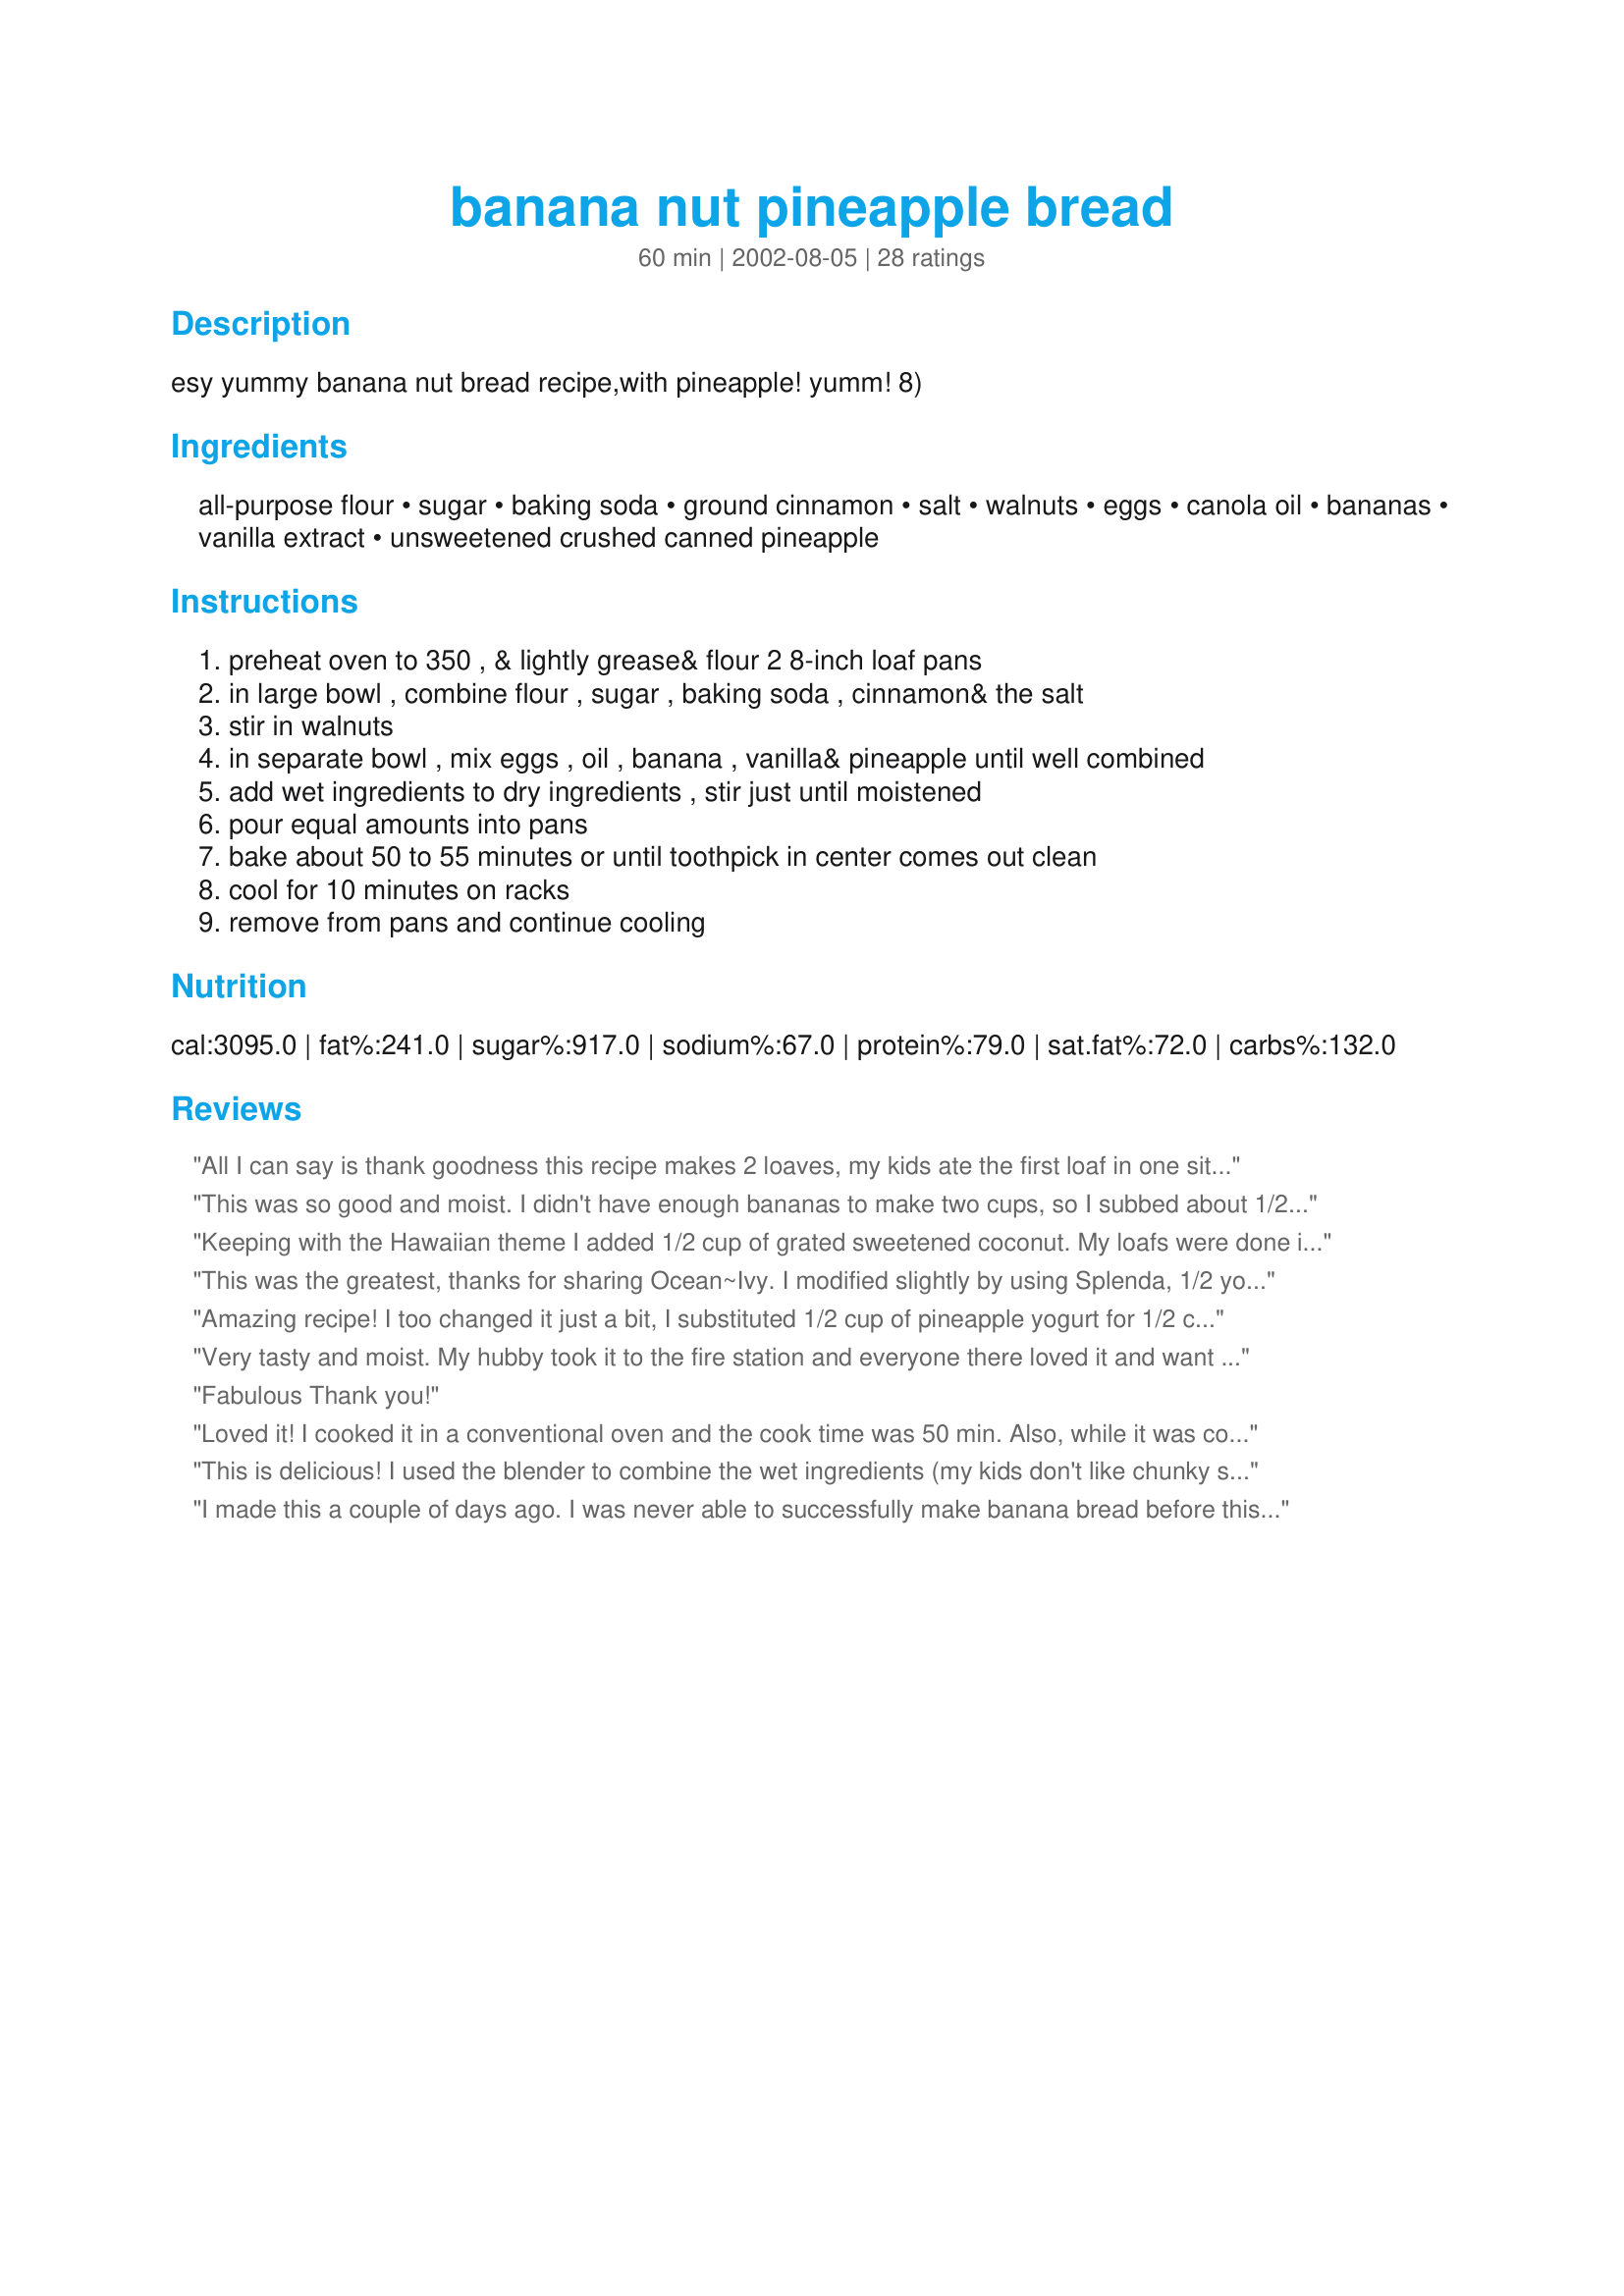
banana nut pineapple bread
Preparation time: 60 minutes

esy yummy banana nut bread recipe,with pineapple! yumm! 8)

Ingredients:
all-purpose flour, sugar, baking soda, ground cinnamon, salt, walnuts, eggs, canola oil, bananas, vanilla extract, unsweetened crushed canned pineapple

Steps:
preheat oven to 350 , & lightly grease& flour 2 8-inch loaf pans
in large bowl , combine flour , sugar , baking soda , cinnamon& the salt
stir in walnuts
in separate bowl , mix eggs , oil , banana , vanilla& pineapple until well combined
add wet ingredients to dry ingredients , stir just until moistened
pour equal amounts into pans
bake about 50 to 55 minutes or until toothpick in center comes out clean
cool for 10 minutes on racks
remove from pans and continue cooling

Reviews:
All I can say is thank goodness this recipe makes 2 loaves, my kids ate the first loaf in one sitting. Definitely a keeper! Thanks for a great recipe.
This was so good and moist. I didn't have enough bananas to make two cups, so I subbed about 1/2 cup of applesauce for the extra banana. It was delicious. I think I will always add a little applesauce to this recipe.
Keeping with the Hawaiian theme I added 1/2 cup of grated sweetened coconut. My loafs were done in about 1 hr 10min. I couldnâ€™t taste the pineapple as much as I would have liked. Next time I will try adding more pineapple and some macadamia nuts .
This was the greatest, thanks for sharing Ocean~Ivy. I modified slightly by using Splenda, 1/2 yogurt(1/2 oil) and whole wheat flour. It really didnt alter the taste. I'll use this again and use different fruits or veggies. thanks again for sharing.
Amazing recipe! I too changed it just a bit, I substituted 1/2 cup of pineapple yogurt for 1/2 cup of oil. I&#039;ve also made it exactly like the recipe and both are very very tasty and loved by the whole family AND co-workers!
Very tasty and moist. My hubby took it to the fire station and everyone there loved it and want me to make more. I think I may add more pineapple next time though. I also only cooked it for 60 min.
Fabulous Thank you!
Loved it! I cooked it in a conventional oven and the cook time was 50 min. Also, while it was cooling I drizzled some of the left over pineapple juice for a little more flavor and moistness. This is my favorite banana nut bread recipe now.
This is delicious! I used the blender to combine the wet ingredients (my kids don't like chunky stuff) and decreased the sugar by 1/2 cup. I only had to bake my loaves for 55 minutes or so. Love the moist texture.
I made this a couple of days ago. I was never able to successfully make banana bread before this. This is absolutely the best I've tried. I did make one change though. I used 2 cups whole wheat flour and 1 cup all purpose flour. Everyone loved it. The pineapple was a really nice addition. I also found that it was ready in about 50 minutes and it was starting to get really dark on the outside. It would have definitely burnt if I didn't keep my eye on it. My daughter called me from work at 6:45 this morning (I wasn't even out of bed yet) just to tell me "your banana bread is the best banana bread I've ever eaten". Needless to say, I'll be making this again and again. Thank you.
I have made this recipe 3 times now. Its delicious!!!! I omit the nuts and add about a cup of coconut.......keeps it kinda tropical. The cook time is way off. Mine have been done in approx 55 mins, so keep your eye on it at the end.
I made 4 mini loaves and 6 muffins with this recipe. I did omit the nuts and added 1/4 c coconut.Cut sugar to 1 3/4 c,will cut more out next time, was still plenty sweet.. And used half wheat flour.
Such a nice banana bread! The pineapple makes it so moist. I didn&#039;t drain the pineapple and added some ground flaxseed and it turned out perfect. I will definitely be making this again!
Great bread! I used applesauce for half the oil and it still came out very moist.I don't like a lot of nuts in my bread so I only used about 1/4 cup.This bread tastes even better the next day..if it lasts that long!
This is the banana bread I've made for years and it is wonderful. From the Ultimate Southern Living Cookbook. Can sub 2 c grated carrots for 2 c mashed bananas (bake only 60 min) or sub 2 c coarsely shredded zucchini for 2 c mashed bananas. Also can use pecans instead of walnuts. I've made all combinations, all are excellent and very moist. I usually put one loaf in the freezer. This is a good choice to make for gifts during the holidays. Thanks, Ocean~Ivy, for posting!
This bread is really awesome! I didn't have quite enough mashed banana, so I added some buttermilk to bring it to 2 cups. I love the fact that it is not too sweet.... perfect!
What a delicious bread! It&#039;s moist, flavorful and pretty easy to put together. Thanks Ocean-Ivy, I&#039;ll be sharing this one for sure!
Love it -we omitted the nuts and made one loaf and some muffins. All turned out wonderful-the Banana/Pineapple combo is so good.It is quite sweet which my 6 y/o and hubby adore - I think with the next batch I will cut the sugar as others have suggested just to compare.
Very good! I added chopped macadamia nuts and it was wonderful! Thanks!!
I love finding a delicious bread made with oil instead of butter...and this one is truly delicious. I followed the recipe exactly, but it baked in 70 minutes in my convection oven. I'm glad I chose this recipe to make to send to my Dad...he'll love it.
I made these yesterday and hope you don't mind that I changed a few things.... I hesitated posting because it was different. However, they were still wonderful and loved by all... so I thought maybe someone else might like to make the same changes.. I used whole wheat flour instead of all-purpose white.. same amount. I used Splenda for the sugar.. same amount. Everything else was the same... I made 8 mini loaves and it was the perfect amount. Thanks for the recipe....
Very good recipe, makes a nice wholesome looking bread. I cut the recipe in half to make one loaf and it only took 45 minutes to cook. I mashed 3 bananas which was a little over a cup but I put it all in anyway and it was fine. This makes a nice change from plain banana bread and I'll make it again.
Wow - this bread is so good! The flavors blend so nicely together. The bread is moist, yet it makes great toast. I received rave reviews from family and friends. I have used dozens of different banana bread recipes, but this is easily in my top two and will be a go-to recipe. Thanks so much for sharing!
This made the best banana bread! Good banana flavor with just a hint of pineapple. I substituted 1/2 cup plain yogurt for 1/2 the oil and used coconut instead of nuts. Thanks for posting!
Absolutely the best. I've been baking banana breads for over 40 years - my family loves it - and always trying new recipes, just for fun. But this recipe has replaced my favorite by a mile. Pineapple makes it sweet and moist. I made muffins and baked them for 25 minutes. Made 24 muffins.
I cut the recipe to 2/3 and made 1 9 1/2 inch loaf. I baked it for 1 hour and 15 min. I skipped the nuts, but otherwise followed the recipe. This was delicious, but a little too sweet. Next time I will cut the sugar a little. I liked the banana and pineapple flavors together.
This is a great recipe! I'm not a fan of bananas or banana bread, but even I like it!!! And, I have already received 3 requests for more from my husband's office!
A definte must for banana bread lovers that are looking for a little pizzazz! The pineapple flavor never overpowered the banana flavor. It was a combination made to work! I used macadamia nuts in place of walnuts .....yyuuuummmmm!
